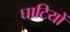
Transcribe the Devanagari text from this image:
घाटियों